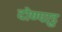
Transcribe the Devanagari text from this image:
दोण्पाडु